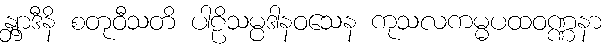
န္တျာဒီနိ စတုဝီသတိ ပါဠိသမ္ပဒါနဝသေန ကုသလကမ္မပထဝဏ္ဏနာ